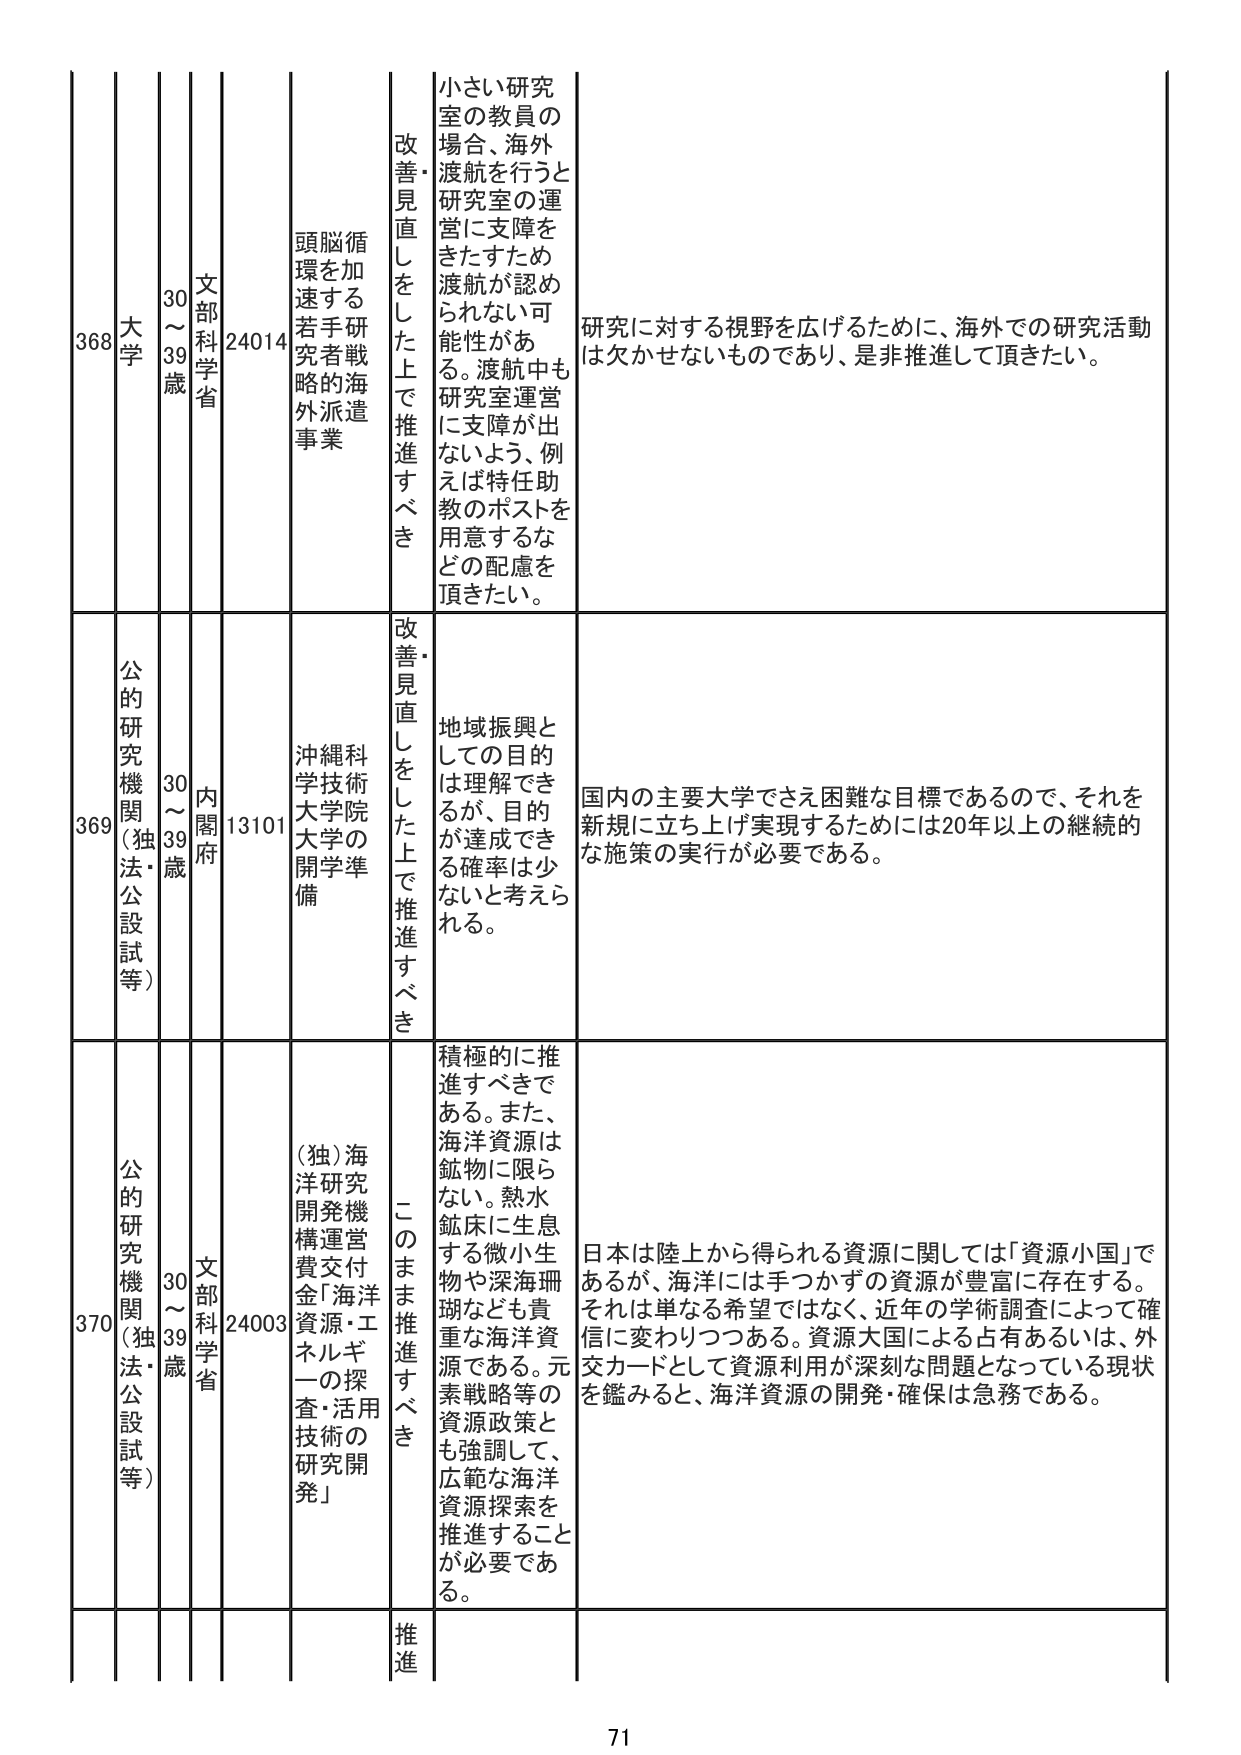
368 大学 30～39歳 文部科学省 24014 頭脳循環を加速する若手研究者戦略的海外派遣事業 改善・見直しをした上で推進すべき 小さい研究室の教員の場合、海外渡航を行うと研究室の運営に支障をきたすため渡航が認められない可能性がある。渡航中も研究室運営に支障が出ないよう、例えば特任助教のポストを用意するなどの配慮を頂きたい。 研究に対する視野を広げるために、海外での研究活動は欠かせないものであり、是非推進して頂きたい。

369 公的研究機関（独法・公設試等） 30～39歳 内閣府 13101 沖縄科学技術大学院大学の開学準備 改善・見直しをした上で推進すべき 地域振興としての目的は理解できるが、目的が達成できる確率は少ないと考えられる。 国内の主要大学でさえ困難な目標であるので、それを新規に立ち上げ実現するためには20年以上の継続的な施策の実行が必要である。

370 公的研究機関（独法・公設試等） 30～39歳 文部科学省 24003 （独）海洋研究開発機構運営費交付金「海洋資源・エネルギーの探査・活用技術の研究開発」 このまま推進すべき 積極的に推進すべきである。また、海洋資源は鉱物に限らない。熱水鉱床に生息する微小生物や深海珊瑚なども貴重な海洋資源である。元素戦略等の資源政策とも強調して、広範な海洋資源探索を推進することが必要である。 日本は陸上から得られる資源に関しては「資源小国」であるが、海洋には手つかずの資源が豊富に存在する。それは単なる希望ではなく、近年の学術調査によって確信に変わりつつある。資源大国による占有あるいは、外交カードとして資源利用が深刻な問題となっている現状を鑑みると、海洋資源の開発・確保は急務である。

推進

71